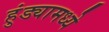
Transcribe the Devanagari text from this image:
हुंड्यामध्ये